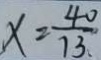
x = \frac { 4 0 } { 7 3 . }